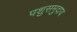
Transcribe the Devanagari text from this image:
पशुसमुदाय